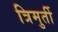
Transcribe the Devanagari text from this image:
त्रिमुर्ती